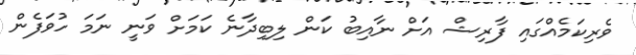
ވެރިކަމެއްގައި ފާރިޝް އަށް ނާއިބު ކަން ލިބިދާނެ ކަމަށް ވަނީ ނަމަ ހުވަފެން